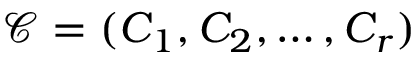
\mathcal { C } = ( C _ { 1 } , C _ { 2 } , \ldots , C _ { r } )